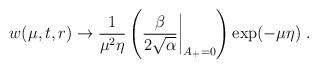
LaTeX: \begin{align*}w(\mu,t,r)\to\frac{1}{\mu^2\eta}\left(\frac{\beta}{2\sqrt{\alpha}}\biggl |_{A_+=0}\right)\exp(-\mu\eta)\; .\end{align*}